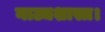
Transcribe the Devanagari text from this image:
नाट्यशास्त्र।